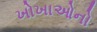
ખોખાઓનો